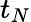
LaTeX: t_{N}